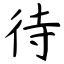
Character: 待